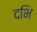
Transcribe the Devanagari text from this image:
दभि